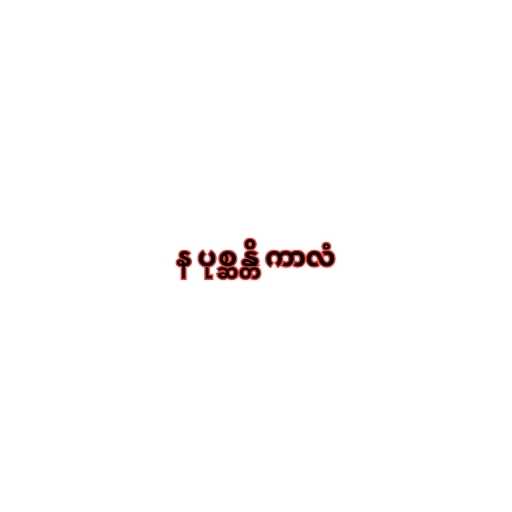
န ပုစ္ဆန္တိ ကာလံ